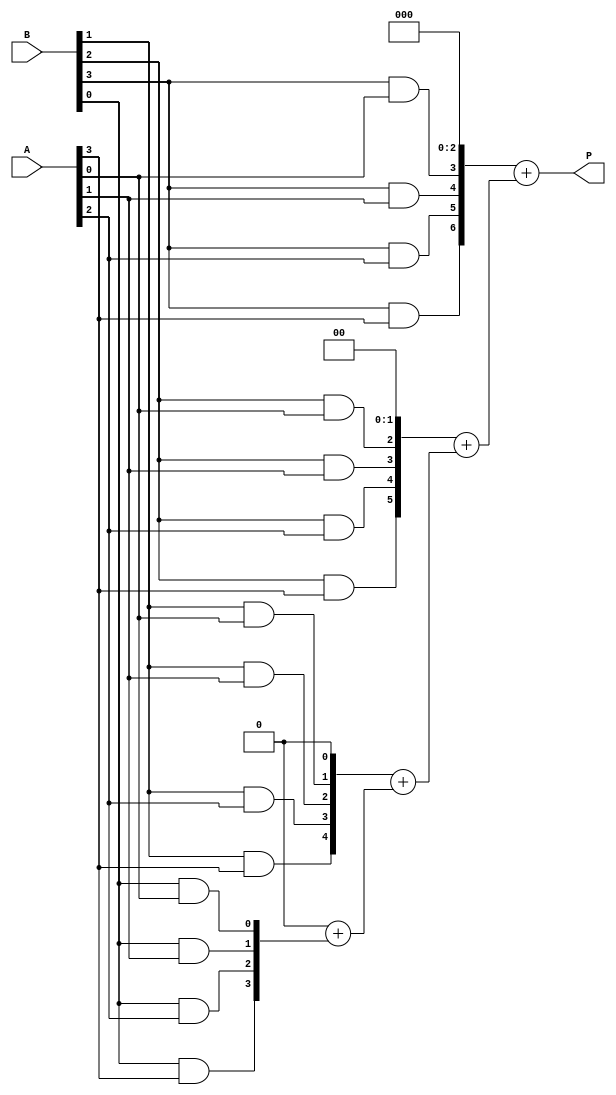
module array_multiplier #(parameter A_WIDTH = 4, B_WIDTH = 4) (
    input  [A_WIDTH-1:0] A,  // First operand
    input  [B_WIDTH-1:0] B,  // Second operand
    output [A_WIDTH + B_WIDTH - 1:0] P  // Product of A and B
);

    // Internal array to hold partial products
    wire [A_WIDTH-1:0] pp[B_WIDTH-1:0]; // Partial products

    // Generate partial products
    genvar i, j;
    generate
        for (i = 0; i < B_WIDTH; i = i + 1) begin : pp_gen
            for (j = 0; j < A_WIDTH; j = j + 1) begin : and_gate
                assign pp[i][j] = B[i] & A[j];  // AND operation for partial product
            end
        end
    endgenerate

    // Sum the partial products
    wire [A_WIDTH + B_WIDTH - 1:0] sum [B_WIDTH-1:0]; // Intermediate sums
    wire [A_WIDTH + B_WIDTH - 1:0] carry; // Carry bits

    assign sum[0] = {A_WIDTH{1'b0}} + pp[0]; // First partial product (no shift)

    // Calculate the sum of the partial products
    generate
        for (i = 1; i < B_WIDTH; i = i + 1) begin : adder
            assign sum[i] = {pp[i], i'b0} + sum[i-1]; // Shift and add
        end
    endgenerate

    // Final output is the last computed sum
    assign P = sum[B_WIDTH-1];

endmodule